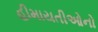
હીમાયતીઓનો